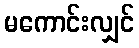
မကောင်းလျှင်